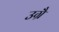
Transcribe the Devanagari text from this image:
उग्रै